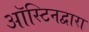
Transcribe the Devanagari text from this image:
ऑस्टिनद्वारा